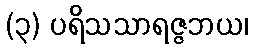
(၃) ပရိသသာရဇ္ဇဘယ၊